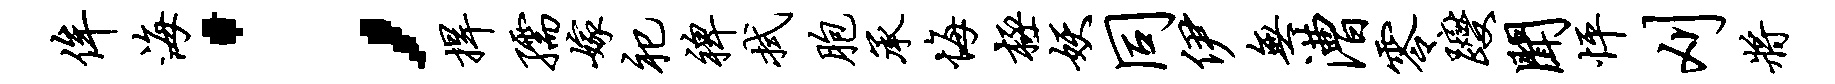
侔海；捍孺嫁祀裨拭胞承悔极妖同伊无漕零躞闻怦刈将